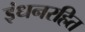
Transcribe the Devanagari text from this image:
इंधनरहित